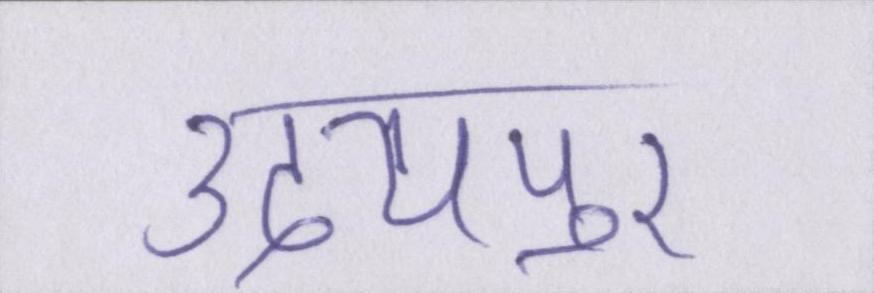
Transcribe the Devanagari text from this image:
उदयपुर